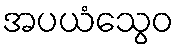
အပယံသွေဝ